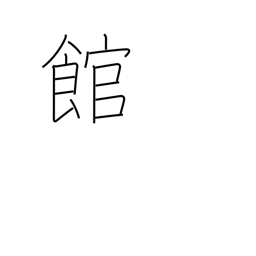
Meaning: building